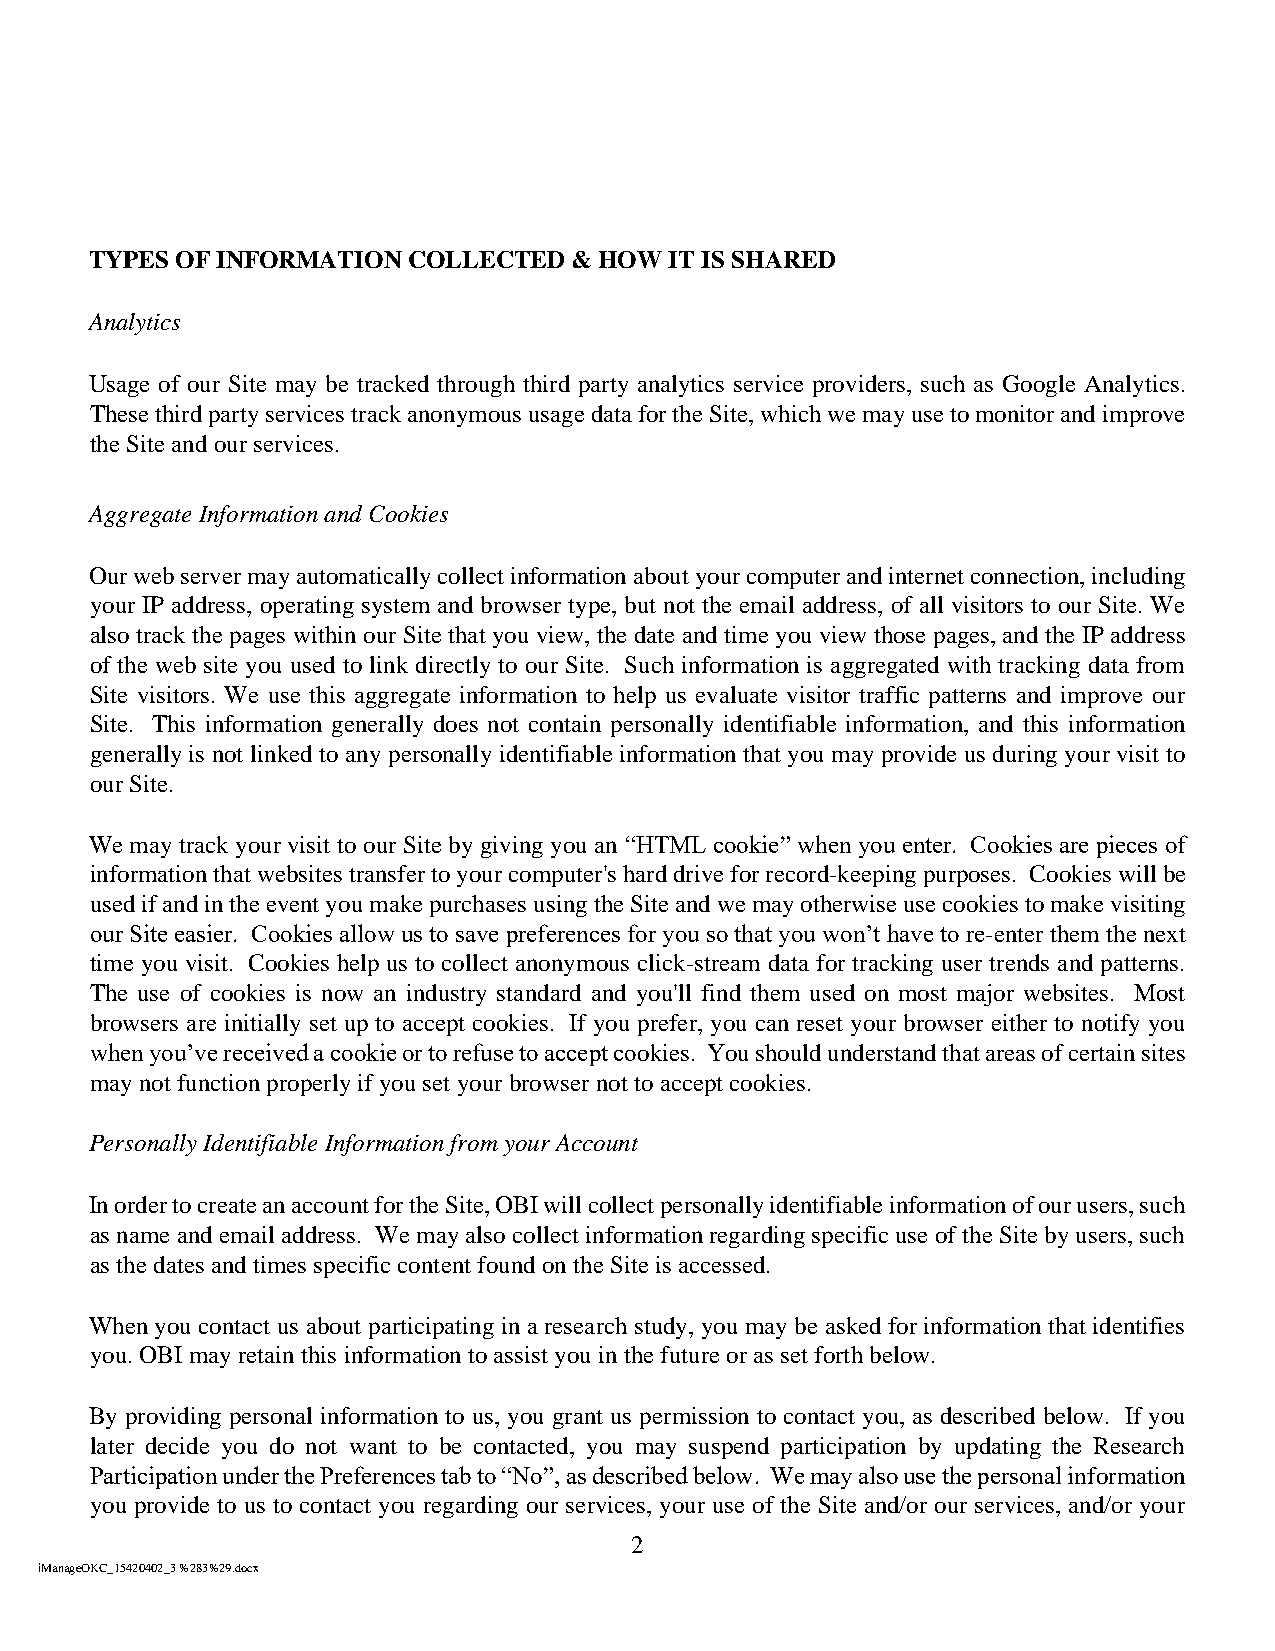
TYPES OF INFORMATION COLLECTED  & HOW IT IS SHARED
 Analytics
 Usage of our Site may be tracked through third party analytics service providers, such as Google Analytics.
 These third party services track anonymous usage data for the Site, which we may use to monitor and improve
 the Site and our services.
 Aggregate Information and Cookies
 Our web server may automatically collect information about your computer and internet connection, including
 your IP address, operating system and browser type, but not the email address, of all visitors to our Site. We
 also track the pages within our Site that you view, the date and time you view those pages, and the IP address
 of the web site you used to link directly to our Site. Such information is aggregated with tracking data from
 Site visitors. We use this aggregate information to help us evaluate visitor traffic patterns and improve our
 Site. This information generally does not contain personally identifiable information, and this information
 generally is not linked to any personally identifiable information that you may provide us during your visit to
 our Site.
 We may track your visit to our Site by giving you an “HTML cookie” when you enter. Cookies are pieces of
 information that websites transfer to your computer's hard drive for record-keeping purposes. Cookies will be
 used if and in the event you make purchases using the Site and we may otherwise use cookies to make visiting
 our Site easier. Cookies allow us to save preferences for you so that you won’t have to re-enter them the next
 time you visit. Cookies help us to collect anonymous click-stream data for tracking user trends and patterns.
 The use of cookies is now an industry standard and you'll find them used on most major websites. Most
 browsers are initially set up to accept cookies. If you prefer, you can reset your browser either to notify you
 when you’ve received a cookie or to refuse to accept cookies. You should understand that areas of certain sites
 may not function properly if you set your browser not to accept cookies.
 Personally Identifiable Information from your Account
 In order to create an account for the Site, OBI will collect personally identifiable information of our users, such
 as name and email address. We may also collect information regarding specific use of the Site by users, such
 as the dates and times specific content found on the Site is accessed.
 When you contact us about participating in a research study, you may be asked for information that identifies
 you. OBI may retain this information to assist you in the future or as set forth below.
 By providing personal information to us, you grant us permission to contact you, as described below. If you
 later decide you do not want to be contacted, you may suspend participation by updating the Research
 Participation under the Preferences tab to “No”, as described below. We may also use the personal information
 you provide to us to contact you regarding our services, your use of the Site and/or our services, and/or your
 2
 iManageOKC_15420402_3 %283%29.docx